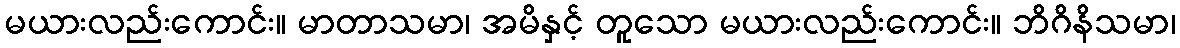
မယားလည်းကောင်း။ မာတာသမာ၊ အမိနှင့် တူသော မယားလည်းကောင်း။ ဘိဂိနိသမာ၊